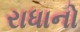
રાધાનો